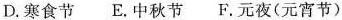
D.寒食节 E.中秋节 F.元夜(元宵节)